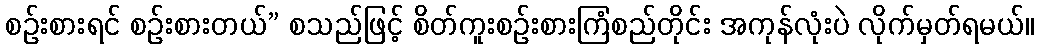
စဉ်းစားရင် စဉ်းစားတယ်” စသည်ဖြင့် စိတ်ကူးစဉ်းစားကြံစည်တိုင်း အကုန်လုံးပဲ လိုက်မှတ်ရမယ်။